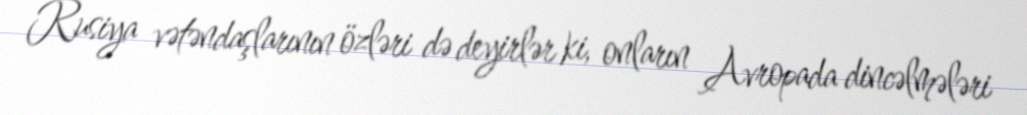
Rusiya vətəndaşlarının özləri də deyirlər ki, onların Avropada dincəlmələri